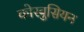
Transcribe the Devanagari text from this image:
कोरबुसियन